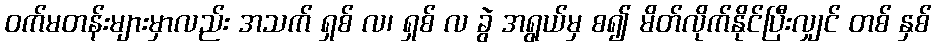
ဝက်မတန်းများမှာလည်း အသက် ရှစ် လ၊ ရှစ် လ ခွဲ အရွယ်မှ စ၍ မိတ်လိုက်နိုင်ပြီးလျှင် တစ် နှစ်